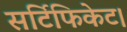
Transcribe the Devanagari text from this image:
सर्टिफिकेट।